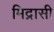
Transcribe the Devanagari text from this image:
मिद्रासी